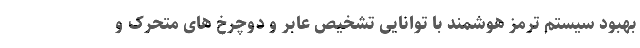
بهبود سیستم ترمز هوشمند با توانایی تشخیص عابر و دوچرخ های متحرک و